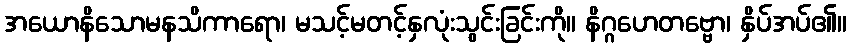
အယောနိသောမနသိကာရော၊ မသင့်မတင့်နှလုံးသွင်းခြင်းကို။ နိဂ္ဂဟေတဗ္ဗော၊ နှိပ်အပ်၏။